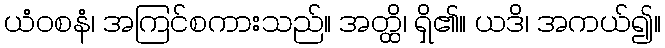
ယံဝစနံ၊ အကြင်စကားသည်။ အတ္ထိ၊ ရှိ၏။ ယဒိ၊ အကယ်၍။